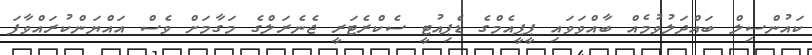
ކައުންސިލް ބައްދަލުވުމެއް ބާއްވަވައި ޕީޕީއެމްގެ ޑެޕިއުޓީ ސެކްރެޓަރީ ޖެނެރަލްގެ މަގާމަށް ވެސް އައްޔަންކުރައްވާފަ